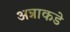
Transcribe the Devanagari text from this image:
अन्नाकडे